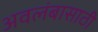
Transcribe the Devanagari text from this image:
अवलंबासाठी